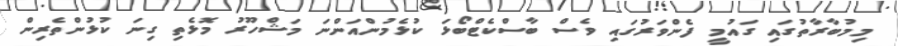
މިމުބާރާތުގައި ގައުމީ ފެންވަރުގައި ވެސް ބާސްކެޓްބޯޅަ ކުޅެމުންއަންނަ މަޝްހޫރު މޮޅެތި ގިނަ ކުޅުންތެރިން